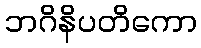
ဘဂိနိပတိကော